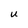
Character: U